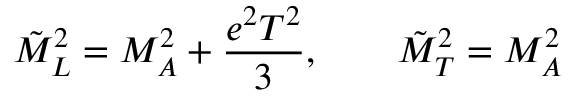
\tilde { M } _ { L } ^ { 2 } = M _ { A } ^ { 2 } + { \frac { e ^ { 2 } T ^ { 2 } } { 3 } } , \qquad \tilde { M } _ { T } ^ { 2 } = M _ { A } ^ { 2 }